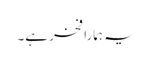
یہ ہمارا فخر ہے۔